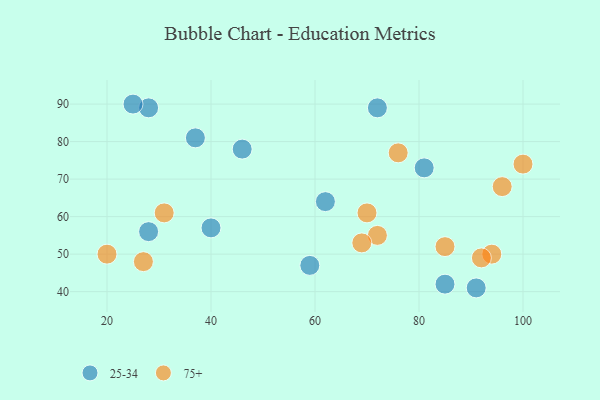
{"axis": {"x": "GDP", "y": "Life Expectancy"}, "legend": ["25-34", "75+"], "data": [{"x": "72", "y": 89, "type": "25-34"}, {"x": "62", "y": 64, "type": "25-34"}, {"x": "81", "y": 73, "type": "25-34"}, {"x": "85", "y": 42, "type": "25-34"}, {"x": "28", "y": 56, "type": "25-34"}, {"x": "28", "y": 89, "type": "25-34"}, {"x": "25", "y": 90, "type": "25-34"}, {"x": "59", "y": 47, "type": "25-34"}, {"x": "37", "y": 81, "type": "25-34"}, {"x": "40", "y": 57, "type": "25-34"}, {"x": "46", "y": 78, "type": "25-34"}, {"x": "91", "y": 41, "type": "25-34"}, {"x": "20", "y": 50, "type": "75+"}, {"x": "70", "y": 61, "type": "75+"}, {"x": "72", "y": 55, "type": "75+"}, {"x": "100", "y": 74, "type": "75+"}, {"x": "94", "y": 50, "type": "75+"}, {"x": "85", "y": 52, "type": "75+"}, {"x": "76", "y": 77, "type": "75+"}, {"x": "69", "y": 53, "type": "75+"}, {"x": "96", "y": 68, "type": "75+"}, {"x": "27", "y": 48, "type": "75+"}, {"x": "92", "y": 49, "type": "75+"}, {"x": "31", "y": 61, "type": "75+"}]}